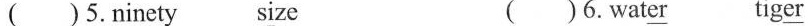
( )5.n\underline{i}nety s\underline{i}ze ( )6.Wat\underline{er} tig\underline{er}